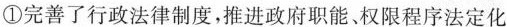
①完善了行政法律制度，推进政府职能，权限程序法定化